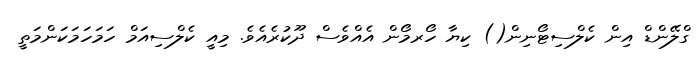
ގްލޭންޑް އިން ކެލްސިޓޯނިން() ކިޔާ ހޯރމޯން އެއްވެސް ދޫކުރެއެވެ. މިއީ ކެލްސިއަމް ހަމަހަމަކަންމަތީ